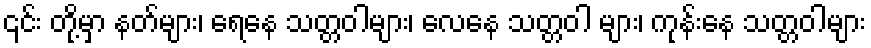
၎င်း တို့မှာ နတ်များ၊ ရေနေ သတ္တဝါများ၊ လေနေ သတ္တဝါ များ၊ ကုန်းနေ သတ္တဝါများ